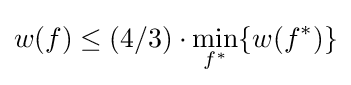
w(f)\leq (4/3)\cdot \min _{f^{*}}\{w(f^{*})\}